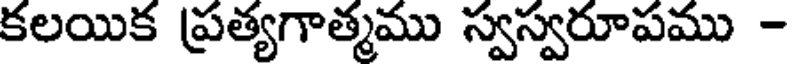
కలయిక ప్రత్యగాత్మము స్వస్వరూపము -